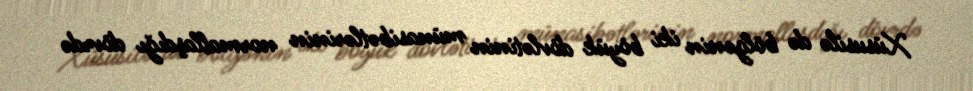
Xüsusilə də bölgənin iki böyük dövlətinin münasibətlərinin normallaşdığı dövrdə